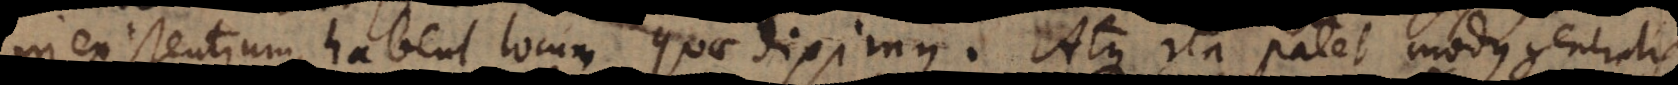
inexistentium, habent locum quae diximus. Atque ita patet modus generalis